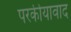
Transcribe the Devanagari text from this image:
परकीयावाद